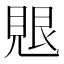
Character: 𮗑